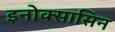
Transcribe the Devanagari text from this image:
इनोक्सासिन